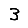
Digit: 3